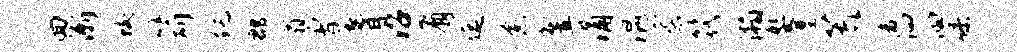
回渐蛟箭跎郡翕曾耆沿有迄愈翌涌混寮筏瀚娶墓荒舍泗洄保